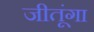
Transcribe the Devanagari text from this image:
जीतूंगा